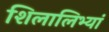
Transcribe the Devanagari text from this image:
शिलालिभ्यां